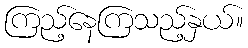
ကြည့်နေကြသည့်နှယ်။